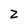
Character: z